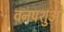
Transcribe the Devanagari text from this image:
वनपशुओं